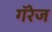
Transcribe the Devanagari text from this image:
गॅरेज